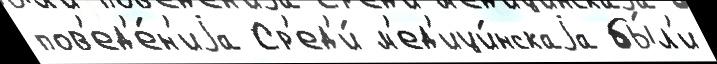
пов'ед'е́н'иjа Ср'ед'и́ м'ед'ици́нскаjа бы́л'и